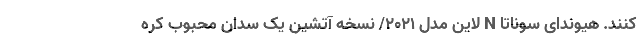
‌کنند. هیوندای سوناتا N لاین مدل 2021/ نسخه آتشین یک سدان محبوب کره